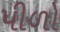
પીળો